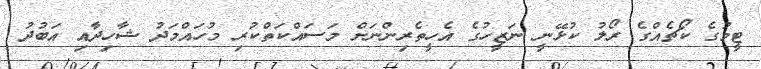
ޓީމުގެ ކޯޗެއްގެ ރޯލު ކުޅޭނީ ނަޒީހުގެ އެހީތެރިންނަށް މަސައްކަތްކުރި މުހައްމަދު ޝާހިދާއި އަބުދު